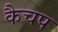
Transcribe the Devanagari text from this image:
कैचप